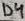
Text: D4